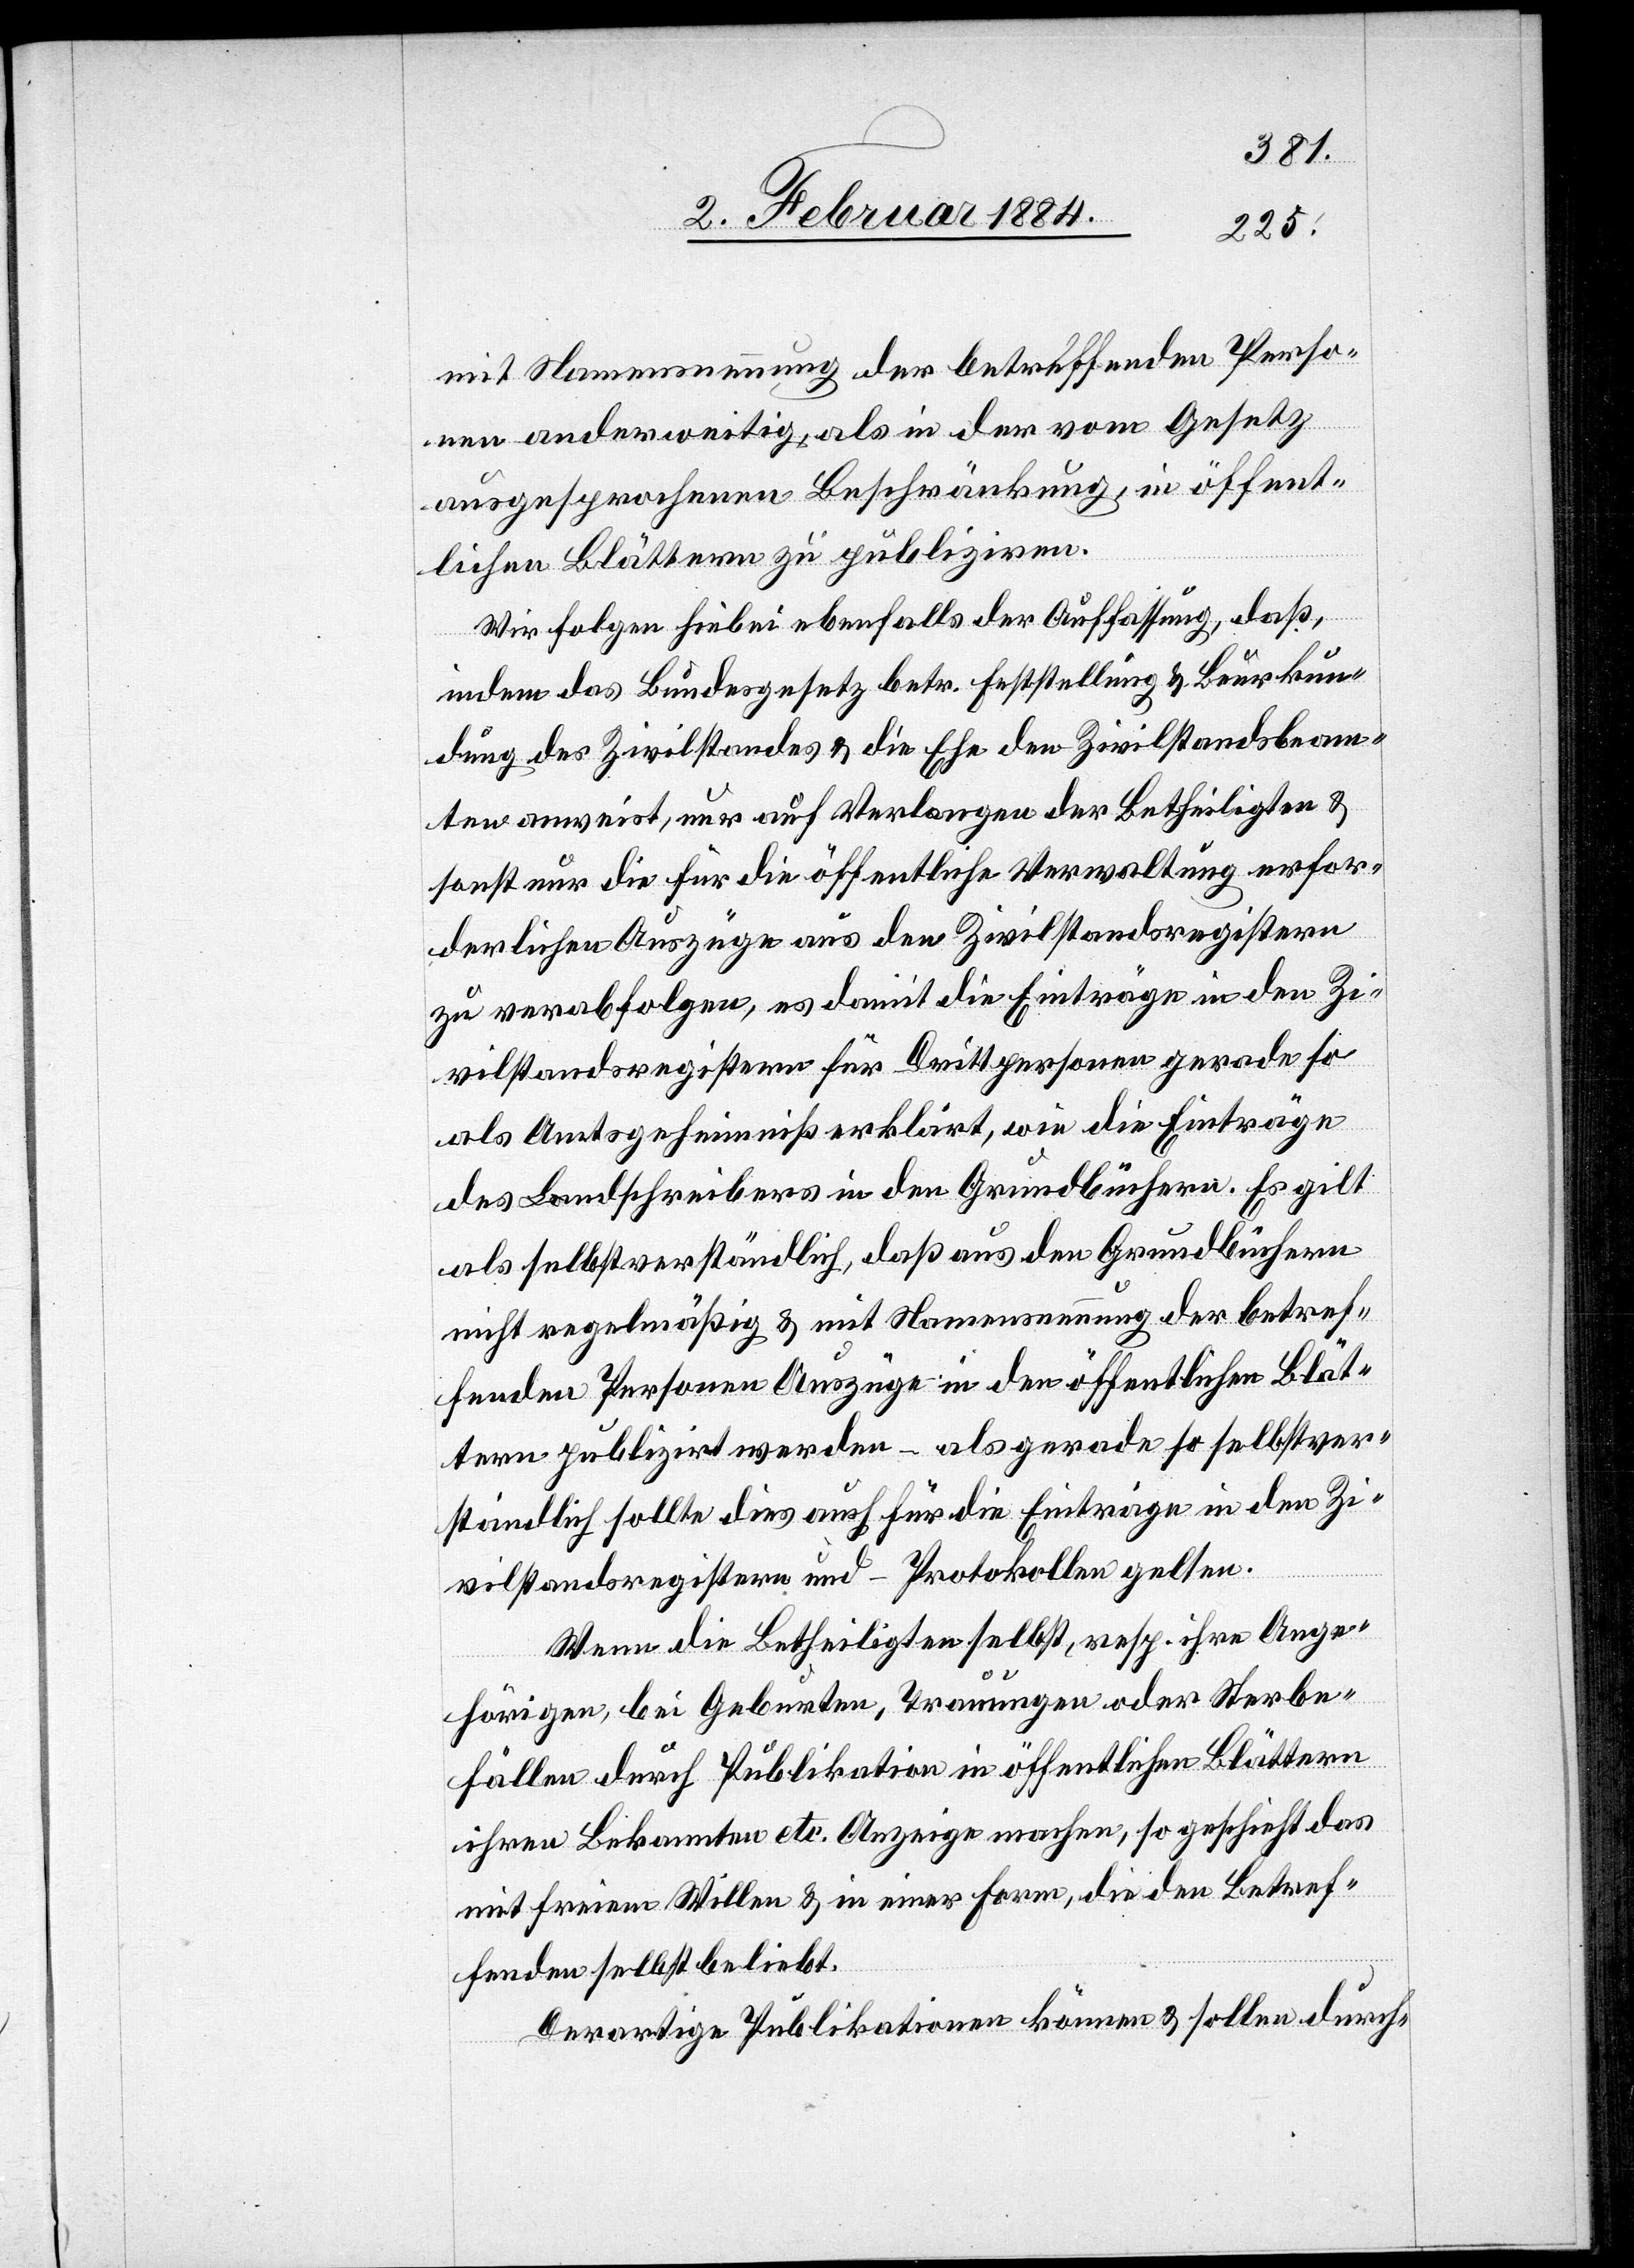
mit Namensnennung der betreffenden Perso¬
nen anderweitig als in der vom Gesetz
ausgesprochenen Beschränkung, in öffent¬
lichen Blättern zu publiziren.
Wir folgen hiebei ebenfalls der Auffassung, daß,
indem das Bundesgesetz betr. Feststellung & Beurkun¬
dung des Zivilstandes & die Ehe den Zivilstandesbeam¬
ten anweist, nur auf Verlangen der Betheiligten &
sonst nur die für die öffentliche Verwaltung erfor¬
derlichen Auszüge aus den Zivilstandesregistern
zu verabfolgen, es damit die Einträge in den Zi¬
vilstandesregistern für Drittpersonen gerade so
als Amtsgeheimniß erklärt, wie die Einträge
des Landschreibers in den Grundbüchern. Es gilt
als selbstverständlich, daß aus den Grundbüchern
nicht regelmäßig & mit Namensnennung der betref¬
fenden Personen Auszüge in den öffentlichen Blät¬
tern publizirt werden – als gerade so selbstver¬
ständlich sollte dies auch für die Einträge in den Zi¬
vilstandsregistern und -Protokollen gelten.
Wenn die Betheiligten selbst, resp. ihre Ange¬
hörigen, bei Geburten, Trauungen oder Sterbe¬
fällen durch Publikation in öffentlichen Blättern
ihren Bekannten etc. Anzeige machen, so geschieht das
mit freiem Willen & in einer Form, die den Betref¬
fenden selbst beliebt.
Derartige Publikationen können & sollen durch-